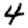
Digit: 4